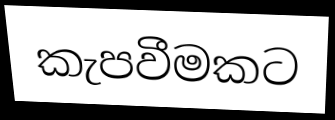
කැපවීමකට